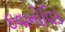
ઇવાનોવિક